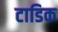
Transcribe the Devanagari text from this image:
टाडिक